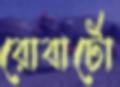
রোবার্টো